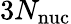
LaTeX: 3N_{\mathrm{nuc}}